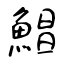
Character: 鯧